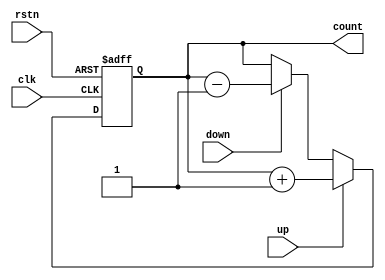
module counter_20 (rstn, clk, up, down, count);
	parameter WIDTH = 8;
	input rstn;
	input clk;
	input up;
	input down;
	output [WIDTH-1:0] count;
	reg[WIDTH-1:0] count_int = 0;
	assign count = count_int;
	always @ (posedge clk or negedge rstn) begin
		if(rstn == 0) begin
			count_int <= 0;
		end else begin		
			if(up == 1) begin
				count_int  <= count_int + 1'b1;
			end else if(down == 1) begin
				count_int <= count_int - 1'b1;
			end
		end
	end
endmodule